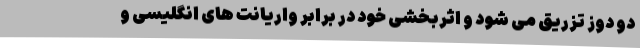
دو دوز تزریق می شود و اثربخشی خود در برابر واریانت های انگلیسی و